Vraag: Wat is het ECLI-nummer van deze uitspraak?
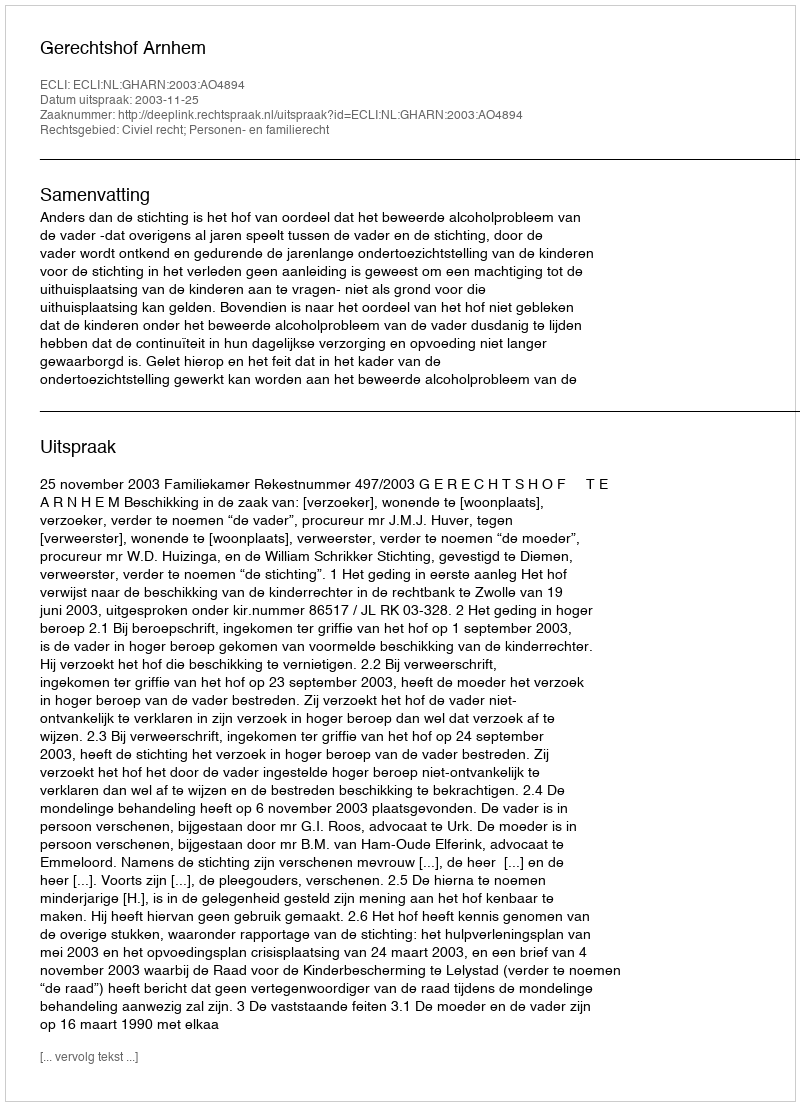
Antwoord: ECLI:NL:GHARN:2003:AO4894